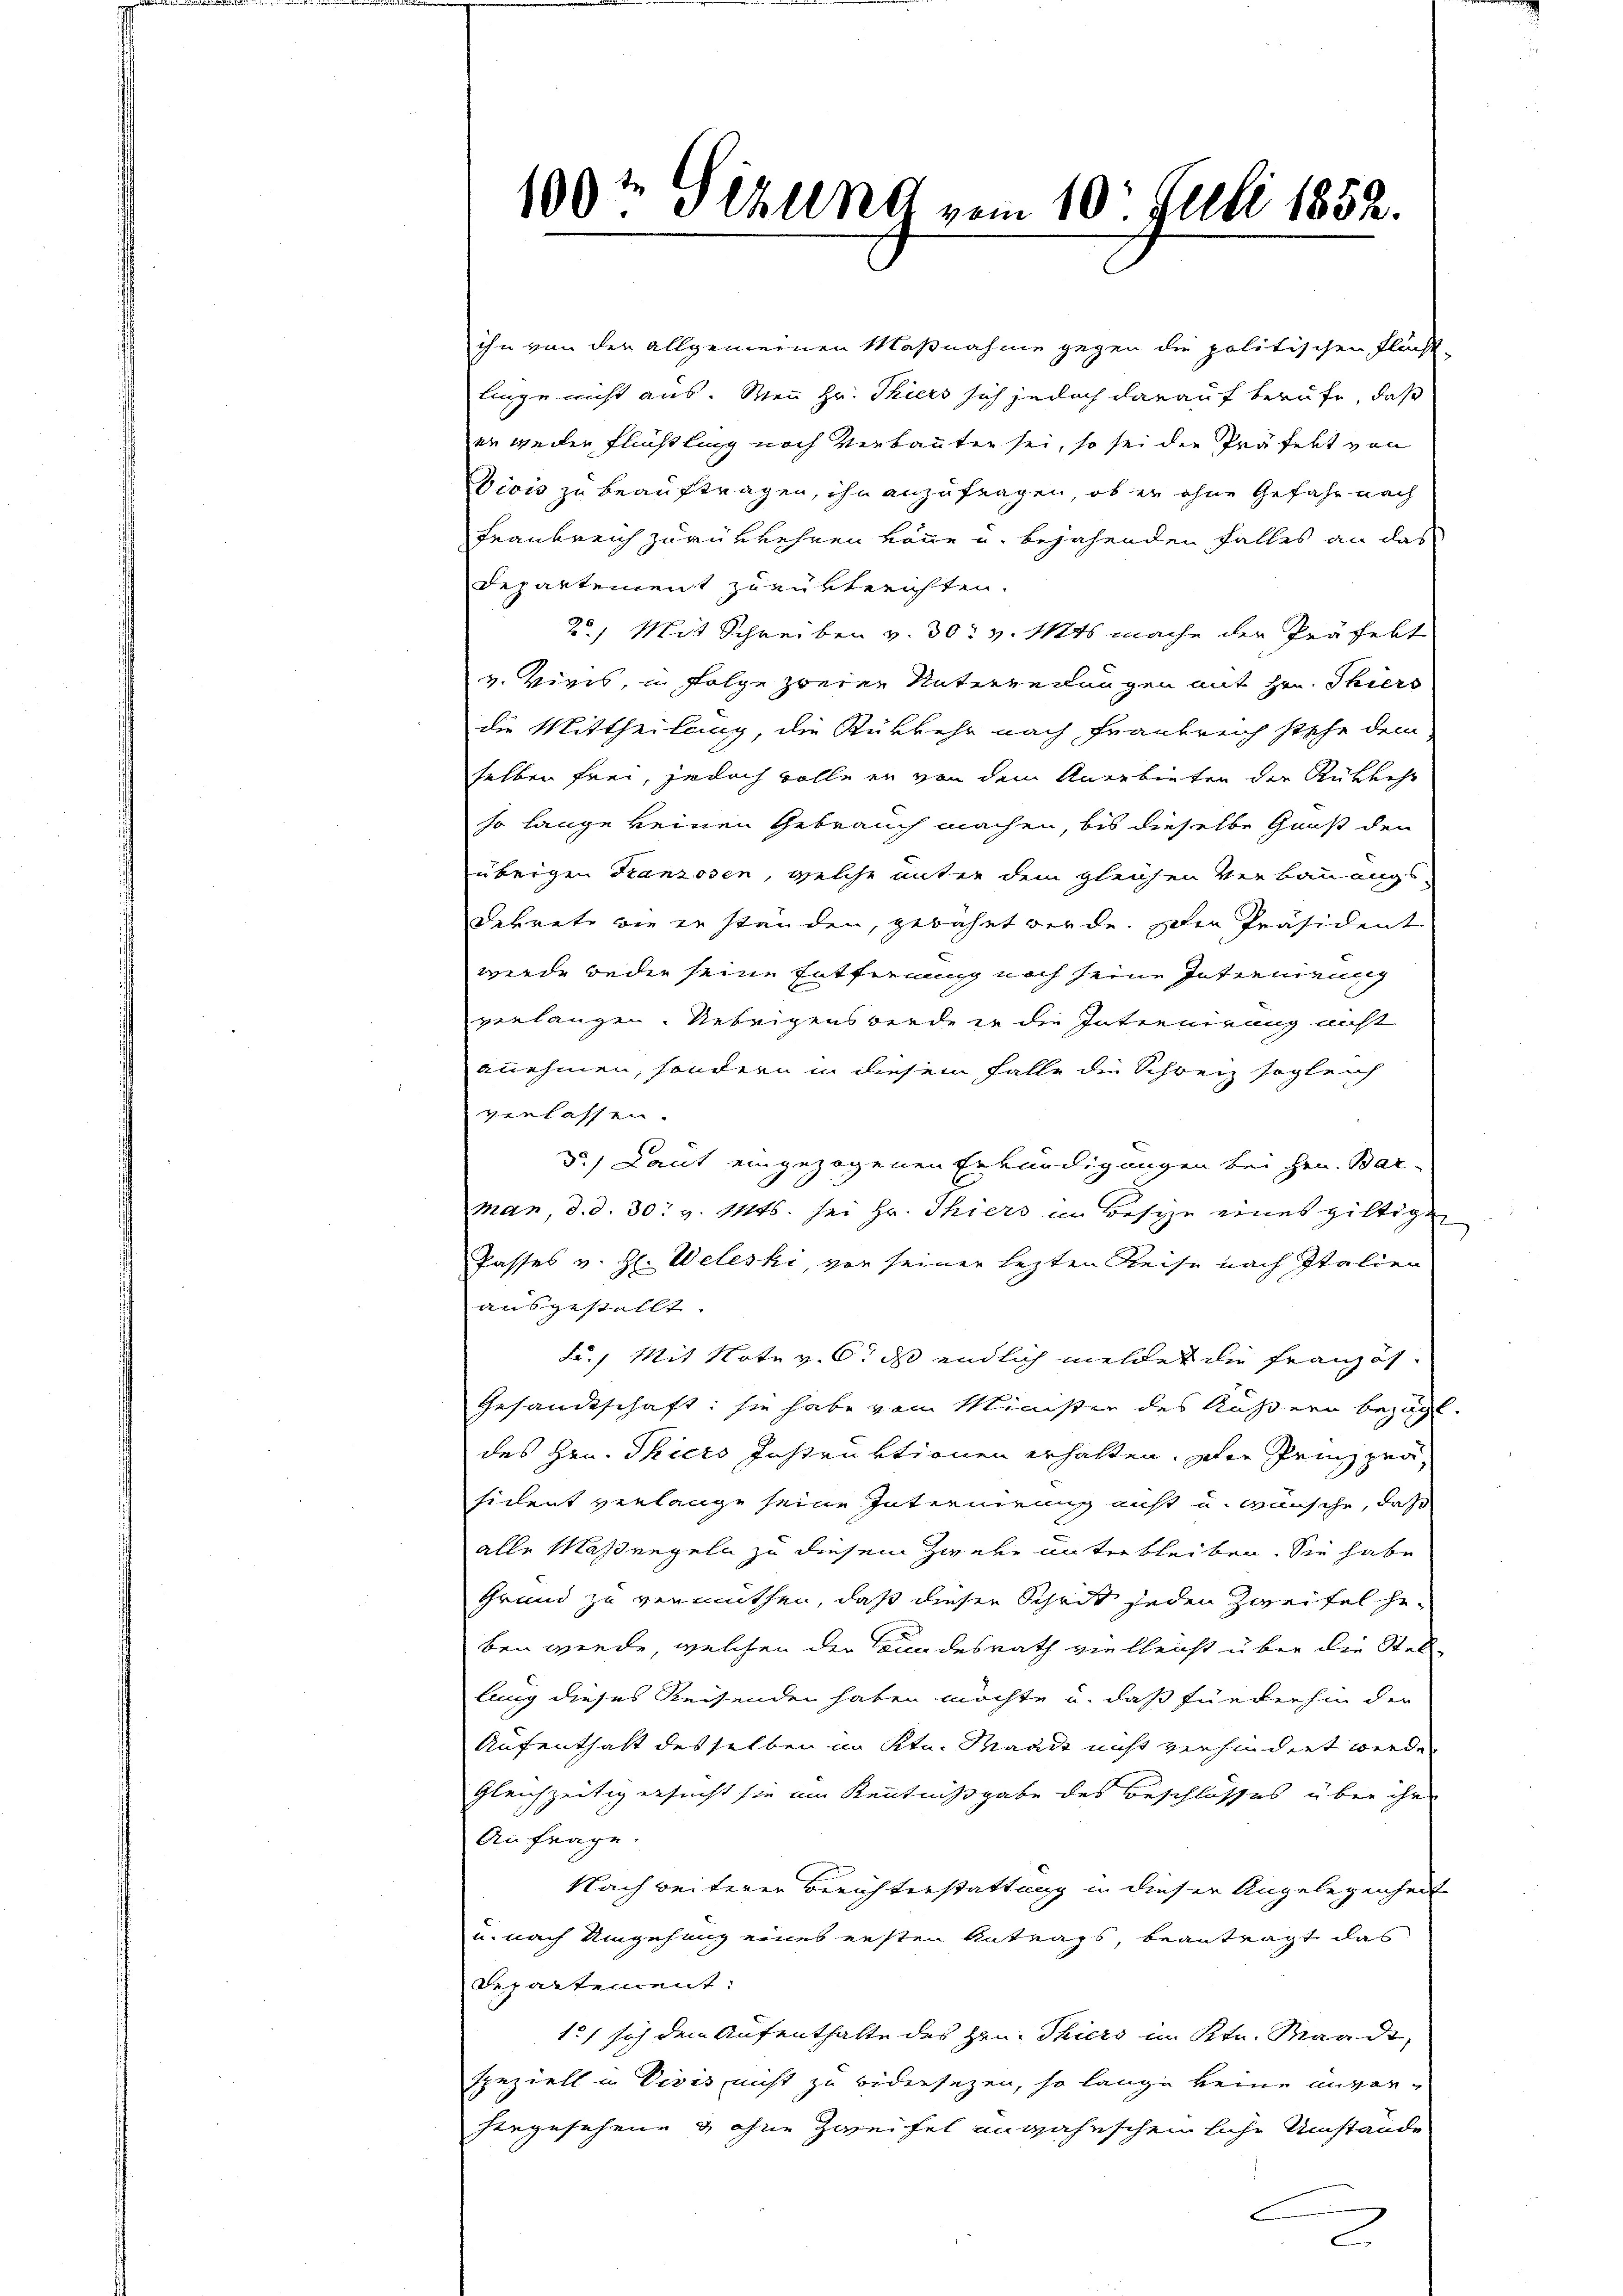
109te Sitzung vom 10. Juli 1852.

ihn von der allgemeinen Maßnahme gegen die politischen Flächt-
linge nicht aus. Wenn Hr. Thiers sich jedoch darauf berufe, daß
er weiten Flüchtling nach Verbauten sei, so sei der Präfekt von
Divis zu beauftragen, ihn anzufragen, ob er ohne Gefahr nach
Frankreich zurükkehren könne u. bejahenden Falles an das
Departement zurükberichten.
2) Mit Schreiben v. 30. v. Mts. mache der Präfekt
v. Viers, in Folge zweien Unterredungen mit Hrn. Thiers
die Mittheilung, die Rükkehr nach Frankreich stehe dem
selben frei, jedoch wolle er von dem Anerbieten der Rückkehr
so lange keinen Gebrauch machen, bis dieselbe Gruß den
übrigen Franzosen, welche unter dem gleichen Verbauungs
Dekrete wie zu standen, gebahnt werde. Die Präsident
wurde weder seine Entfernung noch seine Internirung
verlangen. Uebrigens werde er die Internirung nicht
annehmen, sondern in diesem Falle die Schweiz sogleich
verlassen.
d.) Laut eingezogenen Erkundigungen bei Hrn. Bar-
man, d. d. 30. v. Mts. sei Hr. Thiers in Besize eines giltige
Passes v. H. Weleski, von seiner lezten Reise nach Italien
ausgestellt.
F. Mit Note v. 6. ds endlich meldet die Französ¬
Gesandtschaft: sie habe vom Minister des Äußern bezügl
des Hrn. Thiers Instruktionen erhalten. Die Prinz per-
sident verlange seine Internirung nicht u. wünsche, daß
alle Maßregeln zu diesem Zweke unterbleiben. Sie habe
Grund zu vermuthen, daß dieser Schritt jeden Zweifel geben werde, welchen der Stundesrath vielleicht über die Stellung dieses Reisenden haben möchte u. daß fürderhin der
Aufenthalt desselben im Ktn. Waadt nicht verhindert werden
Gleichzeitig ersucht sie im Kenntnißgabe des Beschlosses über ihre
Anfrage.
Nach weiterer Berichterstattung in dieser Angelegenheit
u. nach Umgehung eines ersten Antrags, beantragt das
Departement:
1. sich dem Aufenthalte des Hrn. Thiers im Ktn. Waadt,
Speziell in Divis nicht zu bidersezen, so lange keine unverhergesehene & ohne Zweifel unwahnscheinliche Umstände
2